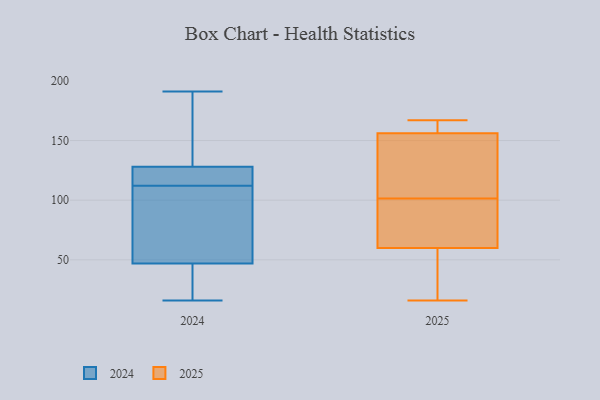
{"axis": {"x": "Demand Index", "y": "Value"}, "legend": ["2024", "2025"], "data": [{"x": "", "y": 156, "type": "2025"}, {"x": "", "y": 69, "type": "2025"}, {"x": "", "y": 163, "type": "2025"}, {"x": "", "y": 24, "type": "2025"}, {"x": "", "y": 121, "type": "2025"}, {"x": "", "y": 167, "type": "2025"}, {"x": "", "y": 51, "type": "2025"}, {"x": "", "y": 16, "type": "2025"}, {"x": "", "y": 101, "type": "2025"}, {"x": "", "y": 156, "type": "2025"}, {"x": "", "y": 69, "type": "2025"}, {"x": "", "y": 102, "type": "2025"}, {"x": "", "y": 191, "type": "2024"}, {"x": "", "y": 40, "type": "2024"}, {"x": "", "y": 127, "type": "2024"}, {"x": "", "y": 52, "type": "2024"}, {"x": "", "y": 128, "type": "2024"}, {"x": "", "y": 166, "type": "2024"}, {"x": "", "y": 103, "type": "2024"}, {"x": "", "y": 16, "type": "2024"}, {"x": "", "y": 67, "type": "2024"}, {"x": "", "y": 122, "type": "2024"}, {"x": "", "y": 47, "type": "2024"}, {"x": "", "y": 190, "type": "2024"}, {"x": "", "y": 27, "type": "2024"}, {"x": "", "y": 121, "type": "2024"}]}